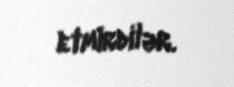
etmirdilər.